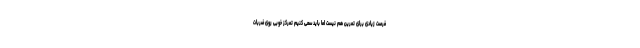
فرصت زیادی برای تمرین هم نیست اما باید سعی کنیم تمرکز خوبی روی ضربات